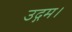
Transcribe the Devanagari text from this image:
उद्गम।